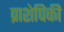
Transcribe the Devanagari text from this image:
प्राशेपिकी